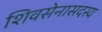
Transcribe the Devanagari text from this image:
शिवसेनासदस्य